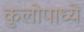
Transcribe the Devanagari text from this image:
कुलोपाध्ये